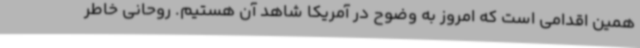
همین اقدامی است که امروز به وضوح در آمریکا شاهد آن هستیم. روحانی خاطر